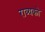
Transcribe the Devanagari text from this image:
राव्यको